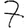
Digit: 7